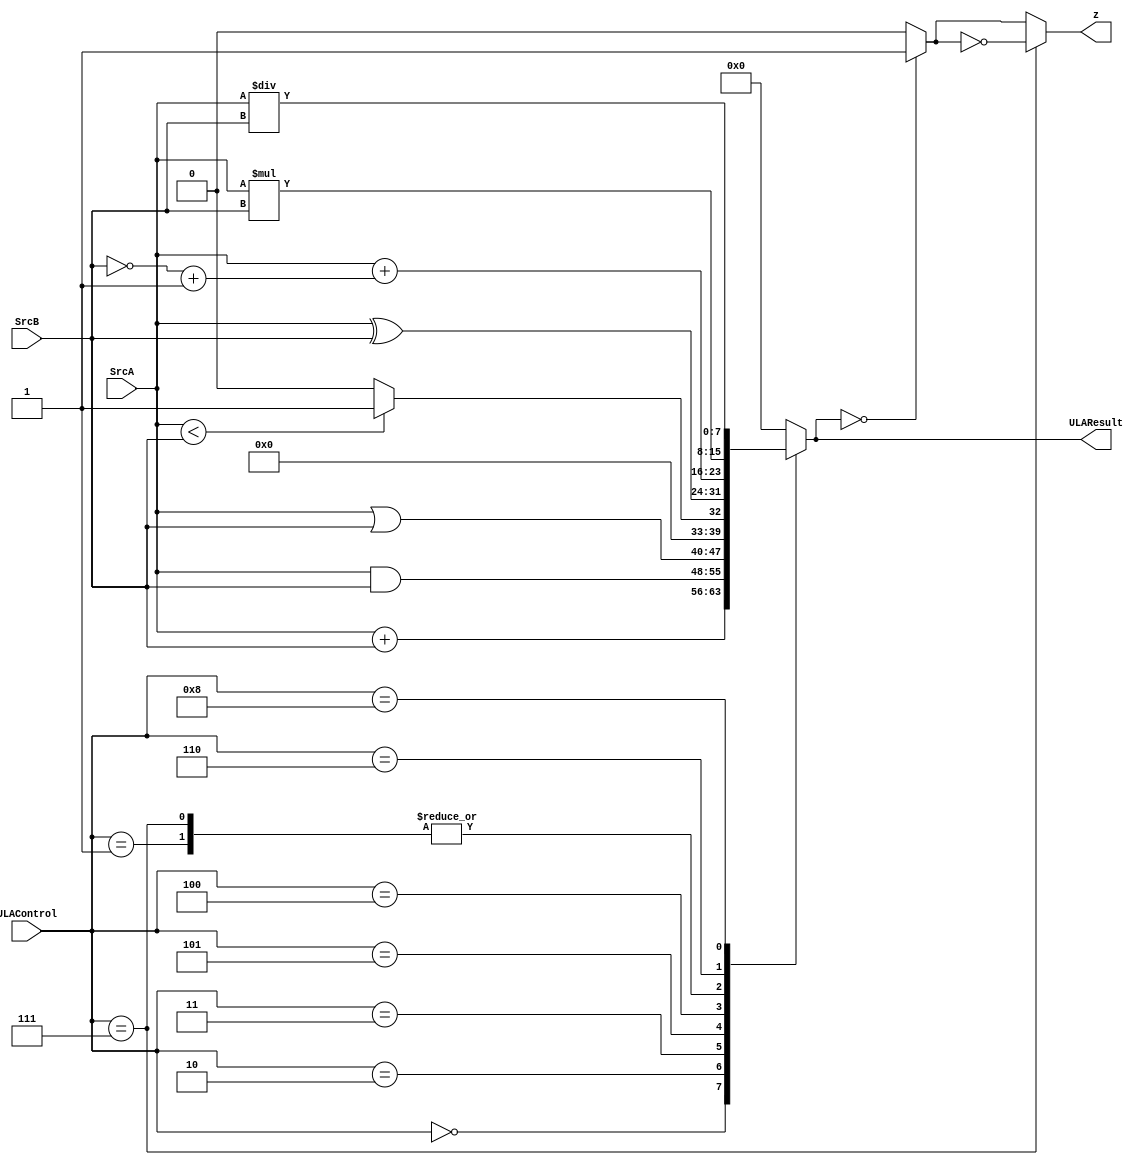
module ULA(input [7:0] SrcA, SrcB,
	   input [3:0]	ULAControl,
	   output reg [7:0] ULAResult,
	   output reg  z);

	always@(*) begin
	   case (ULAControl)
	   4'b0000 : ULAResult =  SrcA + SrcB;
	   4'b0001 : ULAResult =  SrcA + (~SrcB + 1);
	   4'b0010 : ULAResult =  SrcA & SrcB;
	   4'b0011 : ULAResult =  SrcA | SrcB;
	   4'b0101 : ULAResult =  (SrcA < SrcB)? 1 : 0;
		4'b0100 : ULAResult =  (SrcA ^ SrcB); //XOR
		4'b0111 : ULAResult =  SrcA + (~SrcB + 1); //BNE
		4'b0110 : ULAResult =  SrcA * SrcB; //MUL
		4'b1000 : ULAResult =  SrcA / SrcB; //DIV
	   default: ULAResult  = 8'b0;	   
	   endcase 			
		
	   z = (ULAResult == 8'b0)? 1 : 0;
		if (ULAControl == 3'b111)
			z = !z;
	end
	
endmodule